Annual report of lunatic asylums [Bombay] - 1912-1922
Year: 1912
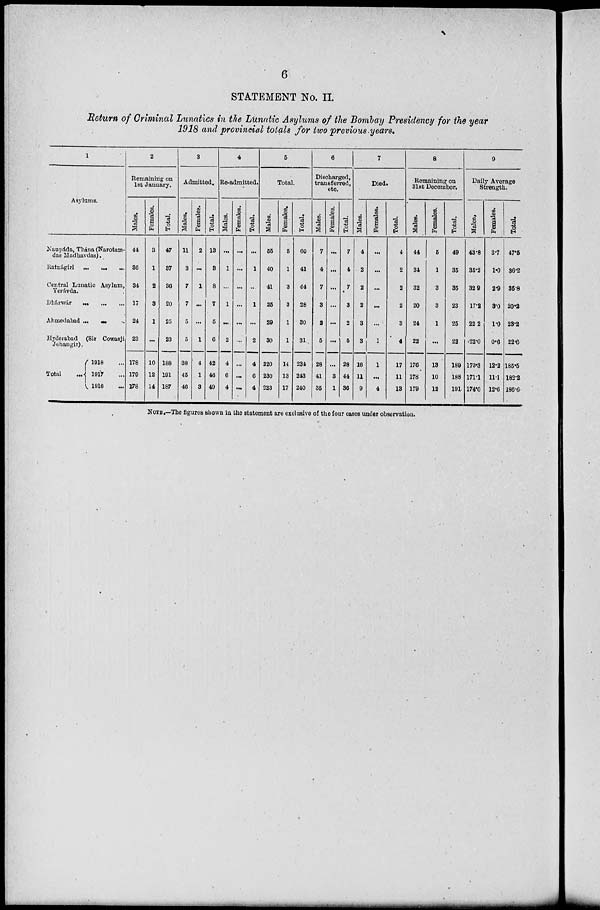
6
STATEMENT No. II
Return of Criminal Lunatics in the Lunatic Asylums of the Bombay Presidency for the year
1918 and provincial totals for two previous years.
1
Asylums.
Naupáda, Thána (Narotam-
das Madhavdas).
Ratnágiri
...
...
...
Central Lunatic Asylum,
Yerávda.
Dhárwár
...
...
...
Ahmedabad ... ... ...
Hyderabad (Sir Cowasji
Jehangir).
Total ...
1918 ...
1917 ...
1916 ...
2
Remaining on
1st January.
Males.
44
36
34
17
24
23
178
170
178
Females.
3
1
2
3
1
...
10
12
14
Total.
47
37
36
20
25
23
188
191
187
3
Admitted.
Males.
11
3
7
7
5
5
38
45
46
Females.
2
...
1
...
...
1
4
1
3
Total.
13
3
8
7
5
6
42
46
49
4
Re-admitted.
Males.
...
1
...
1
...
2
4
6
4
Females.
...
...
...
...
...
...
...
...
...
Total.
...
1
...
1
...
2
4
6
4
5
Total.
Males.
55
40
41
25
29
30
220
230
223
Females.
5
1
3
3
1
1
14
13
17
Total.
60
41
44
28
30
31
234
243
240
6
Discharged,
transferred,
etc.
Males.
7
4
7
3
2
5
28
41
35
Females.
...
...
...
...
...
...
...
3
1
Total.
7
4
7
3
2
5
28
44
36
7
Died.
Males.
4
2
2
2
3
3
16
11
9
Females.
...
...
...
...
...
1
1
...
4
Total.
4
2
2
2
3
4
17
11
13
8
Remaining on
31st December.
Males.
44
31
32
20
24
22
176
178
179
Females.
5
1
3
3
1
...
13
10
12
Total.
49
35
35
23
25
22
189
188
191
9
Daily Average
Strength.
Males.
43.8
35.2
32.9
17.2
22.2
22.0
173.3
171.1
174.0
Females.
3.7
1.0
2.9
3.0
1.0
0.6
12.2
11.1
12.6
Total.
47.5
36.2
35.8
20.2
23.2
22.6
185.5
182.2
186.6
NOTE.—The figures shown in the statement are exclusive of the four cases under observation.